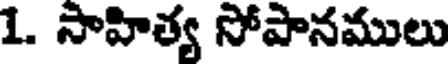
1. సాహిత్య సోపానములు